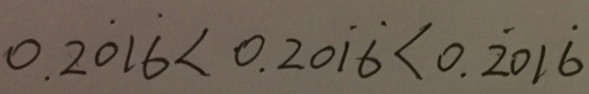
0 . 2 \dot { 0 } 1 \dot { 6 } < 0 . 2 0 \dot { 1 } \dot { 6 } < 0 . \dot { 2 } 0 1 \dot { 6 }